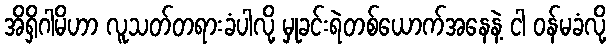
အိရှိဂါမိဟာ လူသတ်တရားခံပါလို့ မှုခင်းရဲတစ်ယောက်အနေနဲ့ ငါ ဝန်မခံလို့